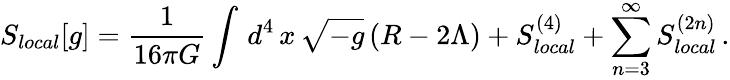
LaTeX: S_{local}[g]={\frac{1}{16\pi G}}\int\, d^{4}\, x\, \sqrt{-g}\, (R-2\Lambda)+S_{local}^{(4)}+\sum_{n=3}^{\infty}S_{local}^{(2n)}\, .